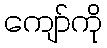
ကျော်ကို